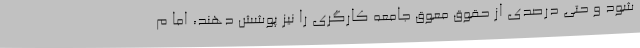
شود و حتی درصدی از حقوق معوق جامعه کارگری را نیز پوشش دهند، اما م